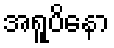
အရူပိနော